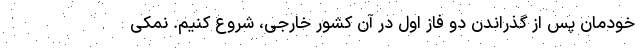
خودمان پس از گذراندن دو فاز اول در آن کشور خارجی، شروع کنیم. نمکی